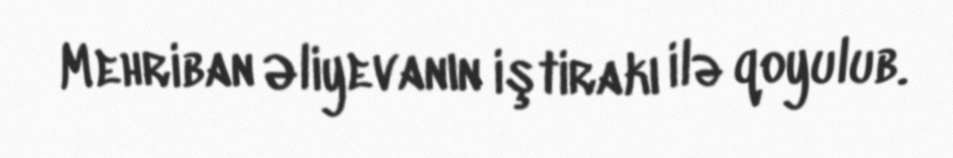
Mehriban Əliyevanın iştirakı ilə qoyulub.